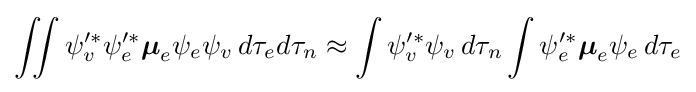
\iint \psi _{v}'^{*}\psi _{e}'^{*}{\boldsymbol {\mu }}_{e}\psi _{e}\psi _{v}\,d\tau _{e}d\tau _{n}\approx \int \psi _{v}'^{*}\psi _{v}\,d\tau _{n}\int \psi _{e}'^{*}{\boldsymbol {\mu }}_{e}\psi _{e}\,d\tau _{e}